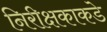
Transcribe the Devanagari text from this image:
निरीक्षकाकडे